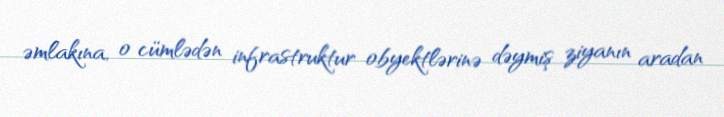
əmlakına, o cümlədən infrastruktur obyektlərinə dəymiş ziyanın aradan